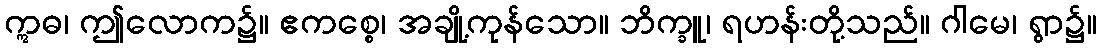
ဣဓ၊ ဤလောက၌။ ဧကစ္စေ၊ အချို့ကုန်သော။ ဘိက္ခူ၊ ရဟန်းတို့သည်။ ဂါမေ၊ ရွာ၌။